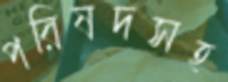
পরিষদসহ